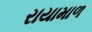
રાયામાળ